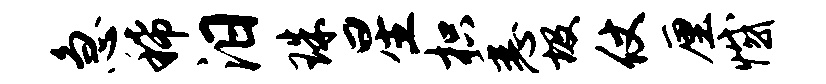
急稀汨珠星枳悉圾仗厘憾